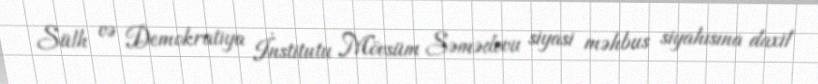
Sülh və Demokratiya İnstitutu Mövsüm Səmədovu siyasi məhbus siyahısına daxil